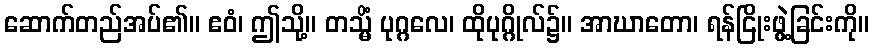
ဆောက်တည်အပ်၏။ ဧဝံ၊ ဤသို့။ တသ္မိံ ပုဂ္ဂလေ၊ ထိုပုဂ္ဂိုလ်၌။ အာဃာတော၊ ရန်ငြိုးဖွဲ့ခြင်းကို။